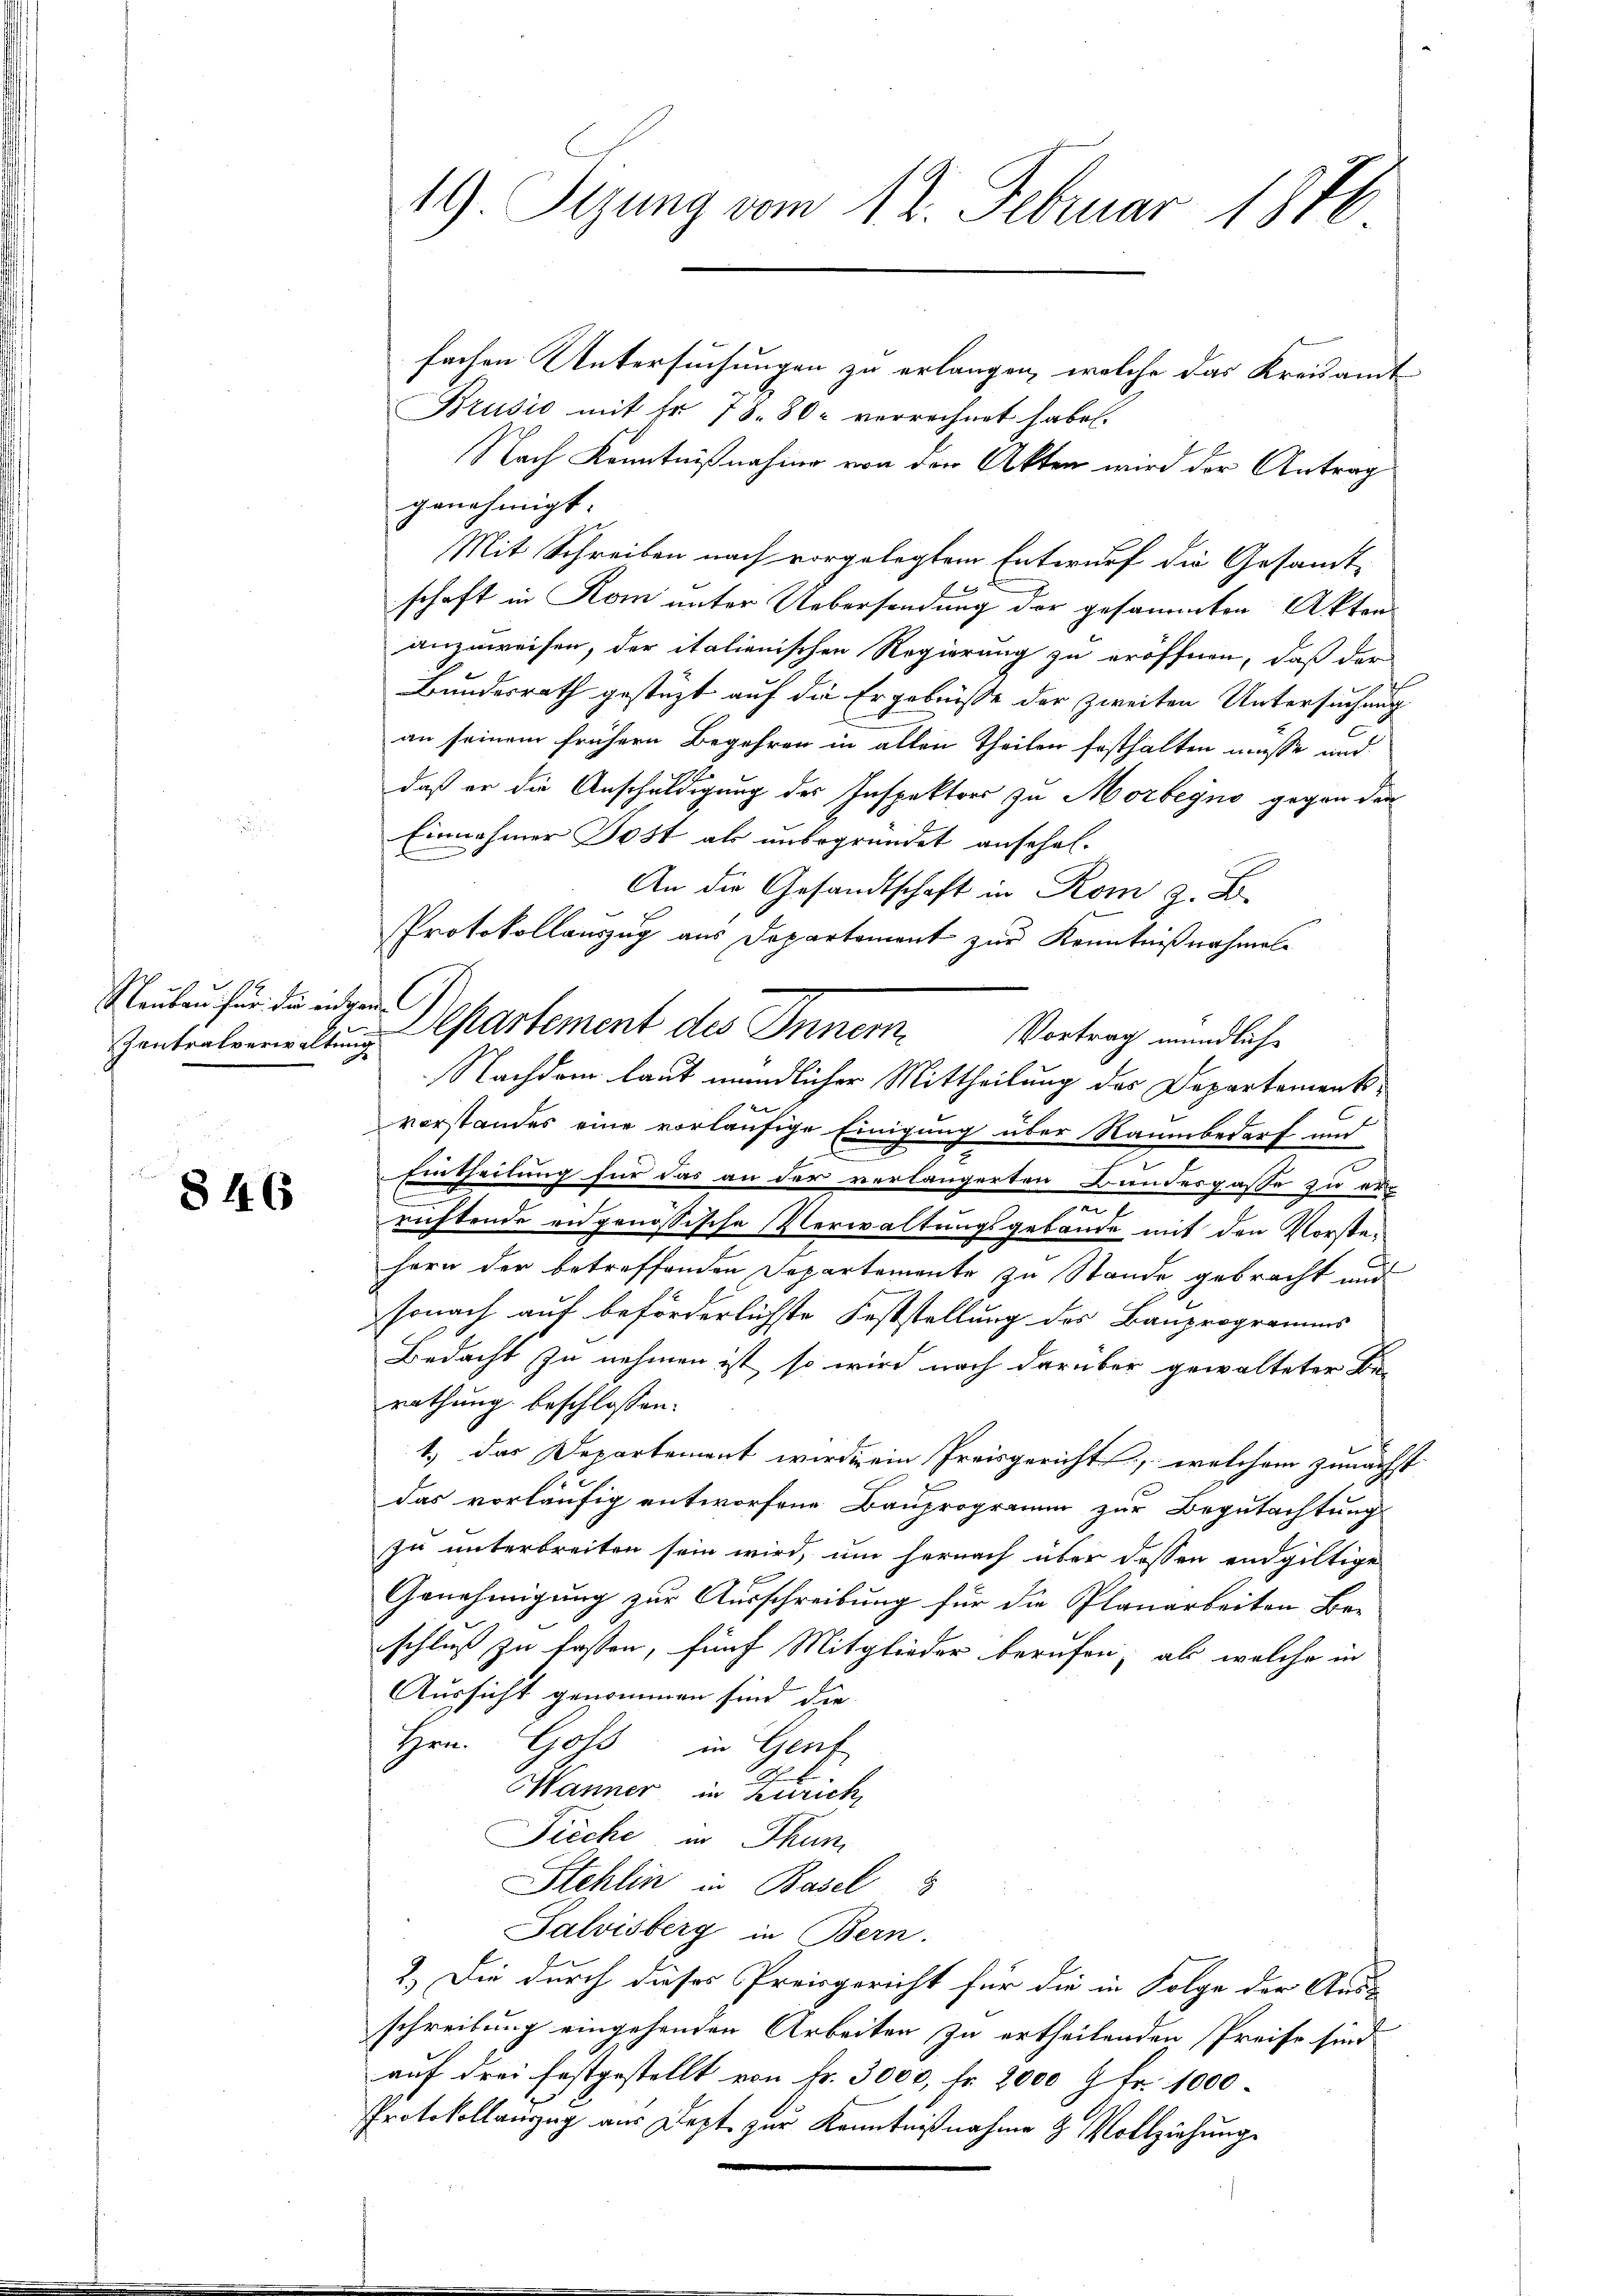
96
Rauben her die eidgen. C

846

fachen Untersuchungen zu erlangen, welche das Kreisamt
Brusio mit fr. 78. 80 verrechnet habe.
Nach Kenntnißnahme von den Akten wird der Antrag
genehmigt.
Mit Schreiben nach vorgelegtem Entwurf die Gesamt-
schaft in Rom unter Uebersendung der gesammten Aktens
anzuweisen, der italienischen Regierung zu eröffnen, daß der
Bundesrath gestüzt auf die Ergebnisse der zweiten Untersuchung
x
an seinem frühern Begehren in allen Theilen festhalten müsse und
2
daß er die Anschuldigung des Inspektors zu Morbeyno gegen den
Einnahmer Post als unbegründet ansehal-
An die Gesandtschaft in Rom z. B.
Protokollauszug aus Departement zur Kenntniß nochmal
Vortrag mündliche
Nachdem laut mündlicher Mittheilung des Departementvorstandes eine vorläufige Einigung über Raumbedarf und
Eintheilung für das an der verlängerten Bundespasse zu ei
richtende engenössische Verwaltungsgebäude mit den Vorstelern der betreffenden Departemente zu Stande gebracht und
sonach auf beförderlichste Feststellung des Bauprogramms
Bedacht zu nehmen ist, so wird nach darüber gewalteter Be-
rathung beschlossen:
1.) Das Departement wird ein Preisgericht, welchem zunächst |
das vorläufig entworfene Bauprogramm zur Begutachtung
zu unterbreiten sein wird, um hernach über dessen endgültige
Genehmigung zur Ausschreibung für die Planarbeiten Be-
schluß zu fassen, fünf Mitglieder berufen, als welche in
e
Aussicht genommen sind die
Hrn. Goss in Genf
Männer in Zürich
Fieche in Thun
Stehlin in Basel
Salvisberg in Bern.
2.) Die durch dieses Preisgericht für die in Folge der Aus-
schreibung eingehenden Arbeiten zu ertheilenden Preise sind
auf drei festgestellt von Fr. 3000, Fr. 2000 Fr. 1000
Protokollauszug aus Jezt zur Kenntnißnahme & Vollziehunge

19. Sizung vom 12. Februar 1846

Zentralverwaltung partement des Innern